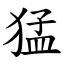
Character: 猛